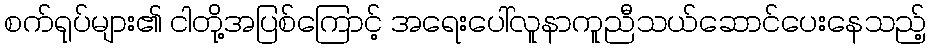
စက်ရုပ်များ၏ ငါတို့အပြစ်ကြောင့် အရေးပေါ်လူနာကူညီသယ်ဆောင်ပေးနေသည့်